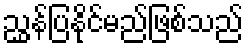
ညွှန်ပြနိုင်မည်ဖြစ်သည်